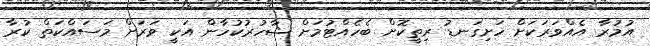
އުމުރާ އެއްވަރަކަށް ހަށިގަނޑު ރިތީކޮށް ބެހެއްޓުމަށް ޝާހުރުކުހާން އަކީ ވަރަށް މަސައްކަތް ކުރާ